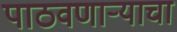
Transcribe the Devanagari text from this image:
पाठवणाऱ्याचा